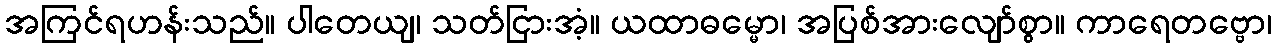
အကြင်ရဟန်းသည်။ ပါတေယျ၊ သတ်ငြားအံ့။ ယထာဓမ္မော၊ အပြစ်အားလျော်စွာ။ ကာရေတဗ္ဗော၊